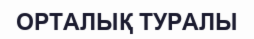
ОРТАЛЫҚ ТУРАЛЫ